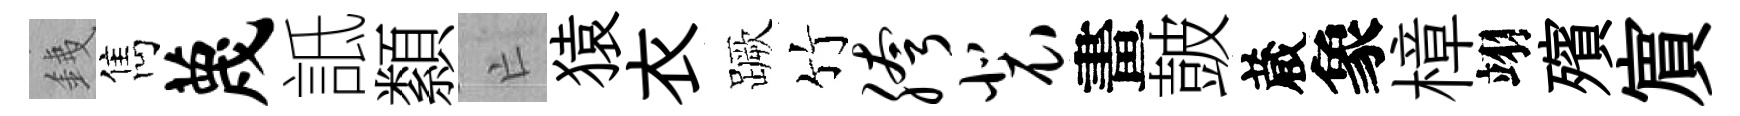
銕雋蔑詆纇亡猿衣蹶竹胯裴畫皷蔵象樟翊殯賔